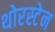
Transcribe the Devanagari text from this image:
थोरस्टेन